Vaccination in Bombay 1856-1862 - 1856-1862
Year: 1856
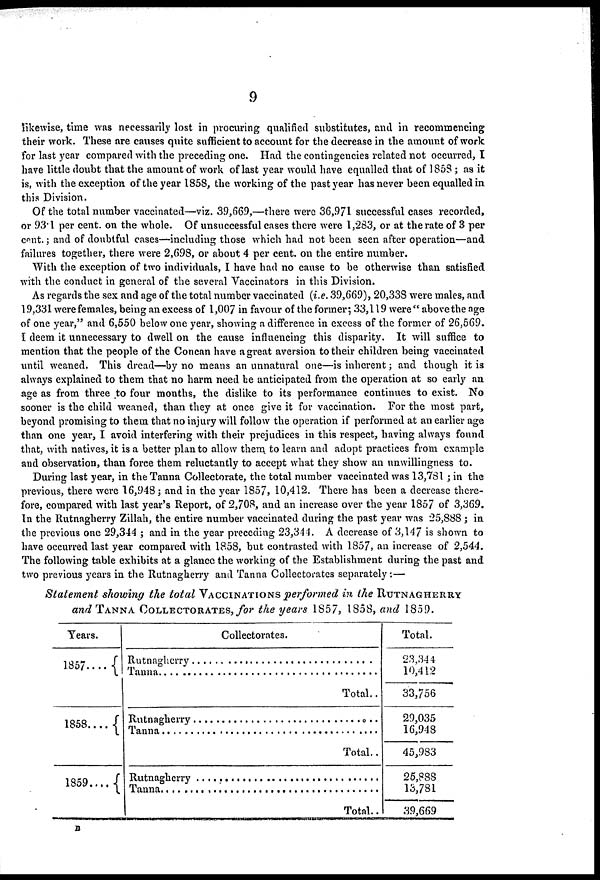
9
likewise, time was necessarily lost in procuring qualified substitutes, and in recommencing
their work. These are causes quite sufficient to account for the decrease in the amount of work
for last year compared with the preceding one. Had the contingencies related not occurred, I
have little doubt that the amount of work of last year would have equalled that of 1858 ; as it
is, with the exception of the year 1858, the working of the past year has never been equalled in
this Division.
Of the total number vaccinated—viz. 39,669,—there were 36,971 successful cases recorded,
or 93.1 per cent. on the whole. Of unsuccessful cases there were 1,283, or at the rate of 3 per
cent.; and of doubtful cases—including those which had not been seen after operation—and
failures together, there were 2,698, or about 4 per cent. on the entire number.
With the exception of two individuals, I have had no cause to be otherwise than satisfied
with the conduct in general of the several Vaccinators in this Division.
As regards the sex and age of the total number vaccinated (i.e. 39,669), 20,338 were males, and
19,331 were females, being an excess of 1,007 in favour of the former; 33,119 were" above the age
of one year," and 6,550 below one year, showing a difference in excess of the former of 26,569.
I deem it unnecessary to dwell on the cause influencing this disparity. It will suffice to
mention that the people of the Concan have a great aversion to their children being vaccinated
until weaned. This dread—by no means an unnatural one—is inherent; and though it is
always explained to them that no harm need be anticipated from the operation at so early an
age as from three to four months, the dislike to its performance continues to exist. No
sooner is the child weaned, than they at once give it for vaccination. For the most part,
beyond promising to them that no injury will follow the operation if performed at an earlier age
than one year, I avoid interfering with their prejudices in this respect, having always found
that, with natives, it is a better plan to allow them, to learn and adopt practices from example
and observation, than force them reluctantly to accept what they show an unwillingness to.
During last year, in the Tanna Collectorate, the total number vaccinated was 13,781 ; in the
previous, there were 16,948 ; and in the year 1857, 10,412. There has been a decrease there-
fore, compared with last year's Report, of 2,708, and an increase over the year 1857 of 3,369.
In the Rutnagherry Zillah, the entire number vaccinated during the past year was 25,888 ; in
the previous one 29,344 ; and in the year preceding 23,344. A decrease of 3,147 is shown to
have occurred last year compared with 1858, but contrasted with 1857, an increase of 2,544.
The following table exhibits at a glance the working of the Establishment during the past and
two previous years in the Rutnagherry and Tanna Collectorates separately:—
Statement showing the total VACCINATIONS performed in the RUTNAGHERRY
and TANNA COLLECTORATES, for the years 1857, 1858, and
1859.
Tears.
1857....
1858....
1859....
Collectorates.
Rutnagherry .................
Tanna ........................
Total..
Rutagherry ..................
Tanna .......................
Total..
Rutnagherry ................
Tanna ......................
Total..
Total.
23,344
10,412
33,756
29,035
16,948
45,983
25,888
13,781
39,669
B